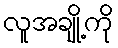
လူအချို့ကို